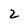
Character: 2